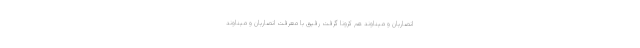
انصاریان و میناوند هم کرونا گرفت رفیق با معرفت انصاریان و میناوند